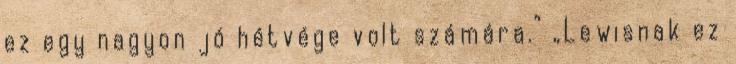
ez egy nagyon jó hétvége volt számára.” „Lewisnak ez